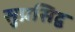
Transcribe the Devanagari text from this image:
सुप्रसिद्व